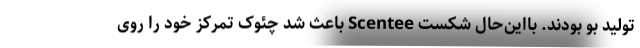
تولید بو بودند. بااین‌حال شکست Scentee باعث شد چئوک تمرکز خود را روی